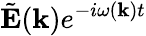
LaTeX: \tilde{\mathbf E}({\mathbf k})e^{-i\omega({\mathbf k})t}